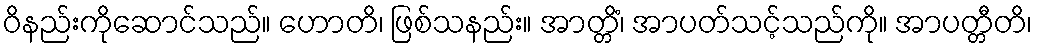
ဝိနည်းကိုဆောင်သည်။ ဟောတိ၊ ဖြစ်သနည်း။ အာတ္တိံ၊ အာပတ်သင့်သည်ကို။ အာပတ္တီတိ၊